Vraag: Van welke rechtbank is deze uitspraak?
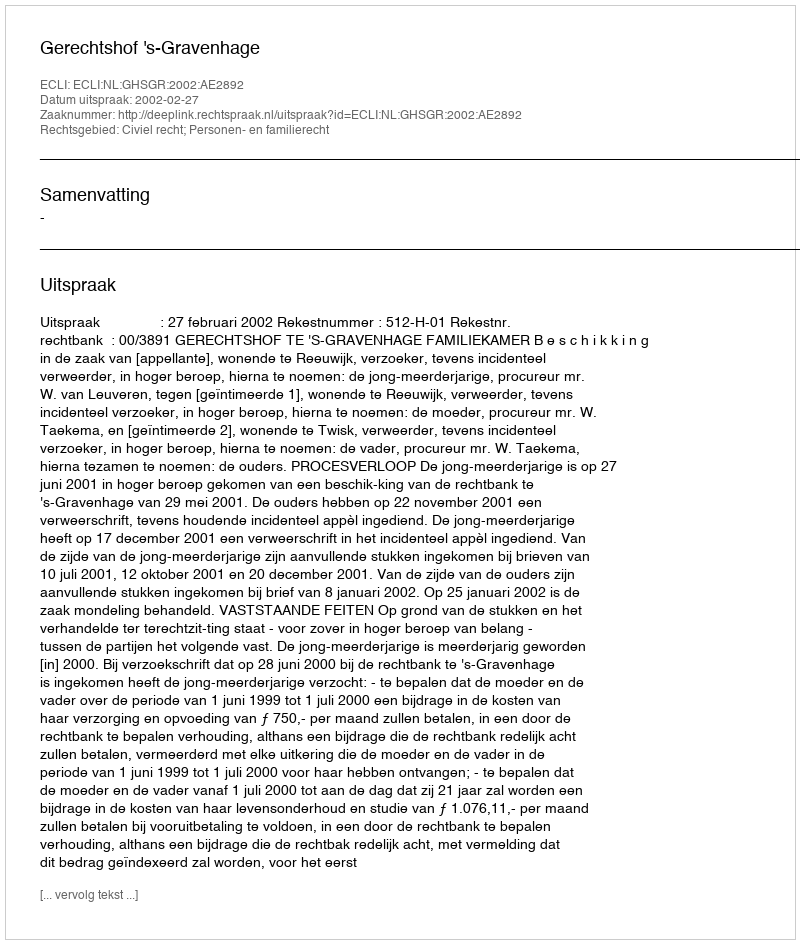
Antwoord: Gerechtshof 's-Gravenhage